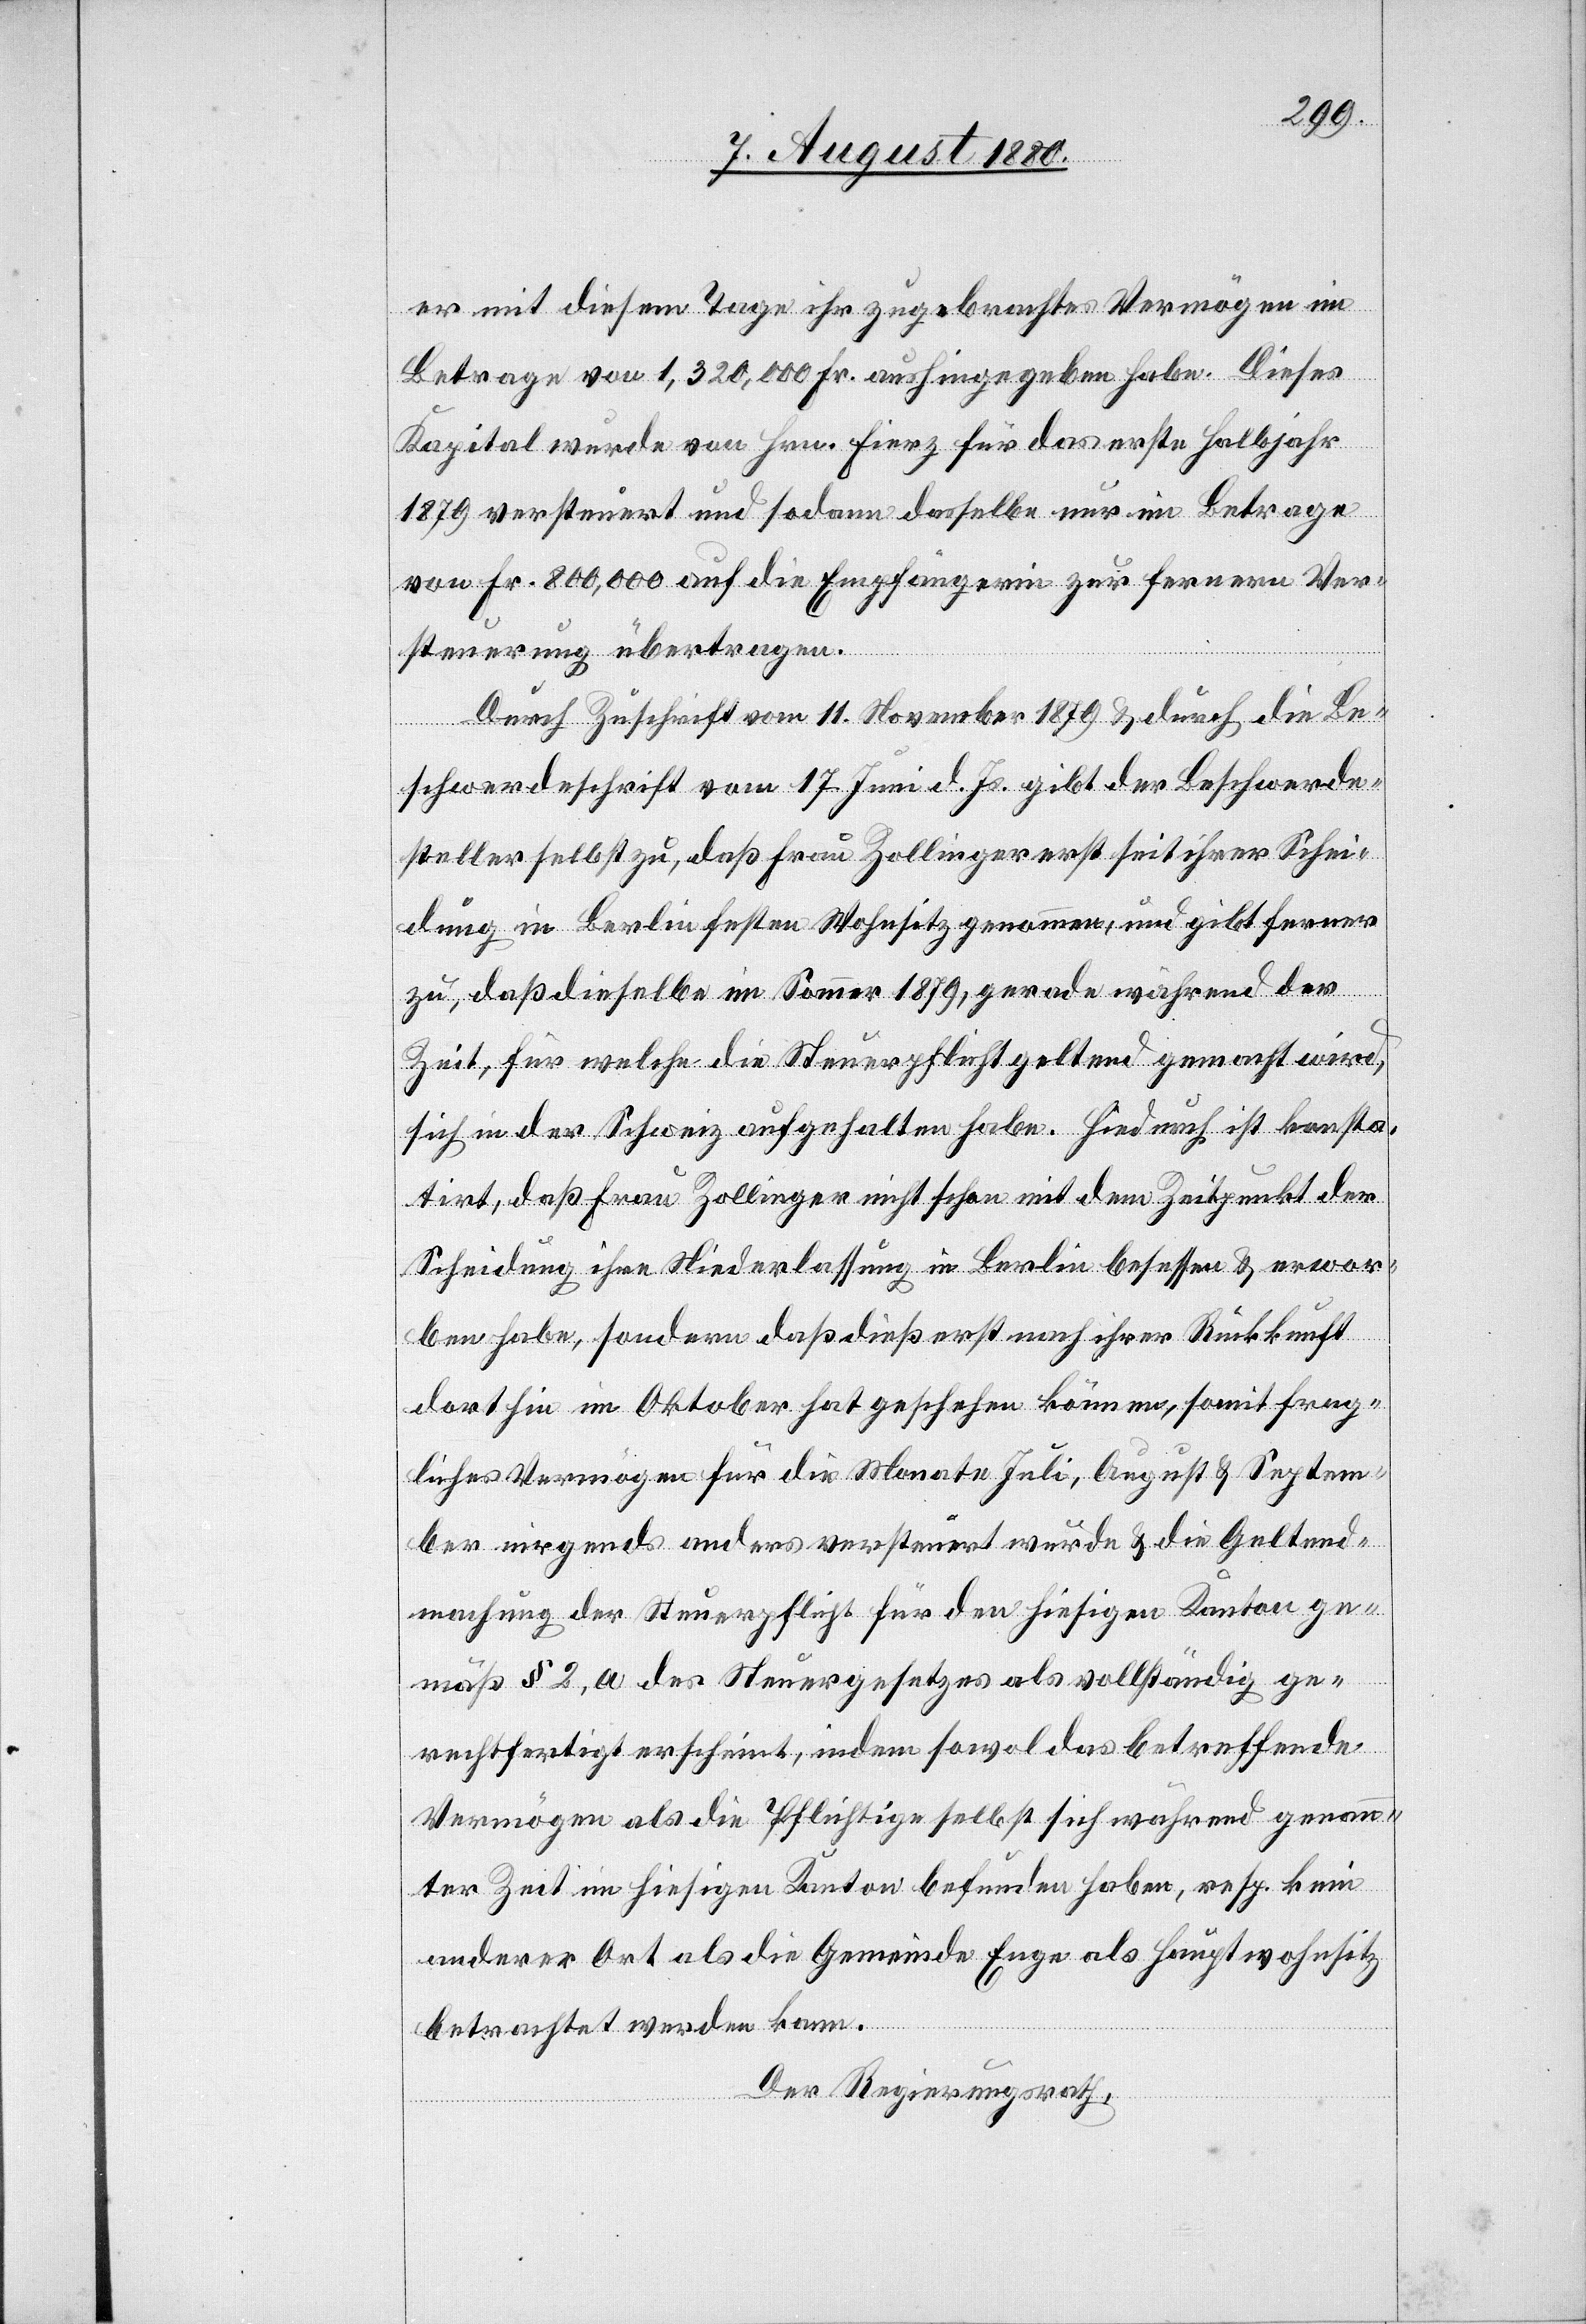
er mit diesem Tage ihr zugebrachtes Vermögen im
Betrage von 1,320,000 Fr. aushingegeben habe. Dieses
Kapital wurde von Hrn. Fierz für das erste Halbjahr
1879 versteuert und sodann dasselbe nur im Betrage
von Fr. 800,000 auf die Empfängerin zur fernern Ver¬
steuerung übertragen.
Durch Zuschrift vom 11. November 1879 & durch die Be¬
schwerdeschrift vom 17. Juni d. Js. gibt der Beschwerde¬
steller selbst zu, daß Frau Zollinger erst seit ihrer Schei¬
dung in Berlin festen Wohnsitz genommen, und gibt ferner
zu, daß dieselbe im Sommer 1879, gerade während der
Zeit, für welche die Steuerpflicht geltend gemacht wird,
sich in der Schweiz aufgehalten habe. Hiedurch ist konsta¬
tirt, daß Frau Zollinger nicht schon mit dem Zeitpunkt der
Scheidung ihre Niederlassung in Berlin besessen & erwor¬
ben habe, sondern daß dieß erst nach ihrer Rückkunft
dorthin im Oktober hat geschehen können, somit frag¬
liches Vermögen für die Monate Juli, August & Septem¬
ber nirgends anders versteuert wurde & die Geltend¬
machung der Steuerpflicht für den hiesigen Kanton ge¬
mäß § 2, a des Steuergesetzes als vollständig ge¬
rechtfertigt erscheint, indem sowol das betreffende
Vermögen als die Pflichtige selbst sich während genann¬
ter Zeit im hiesigen Kanton befunden haben, resp. kein
anderer Ort als die Gemeinde Enge als Hauptwohnsitz
betrachtet werden kann.
Der Regierungsrath,